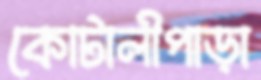
কোটালীপাড়া